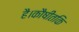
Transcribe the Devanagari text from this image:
है।कौषीतकि